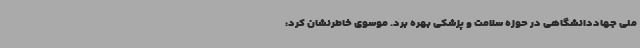
ملی جهاددانشگاهی در حوزه سلامت و پزشکی بهره برد. موسوی خاطرنشان کرد: